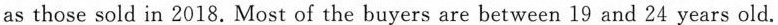
as those sold in 2018. Most of the buyers are between 19 and 24 years old.